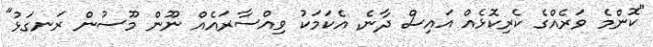
"ކޮންމެ ވަރެއްގެ ކެރިކޮޅެއް އައިސް ދާނެ